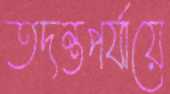
তদন্তপর্যায়ে